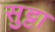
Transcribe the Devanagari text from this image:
सुट्टा